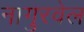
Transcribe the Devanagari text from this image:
नागुरवेल